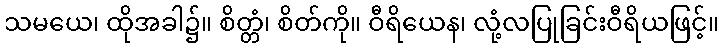
သမယေ၊ ထိုအခါ၌။ စိတ္တံ၊ စိတ်ကို။ ဝီရိယေန၊ လုံ့လပြုခြင်းဝီရိယဖြင့်။